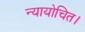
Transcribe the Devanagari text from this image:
न्यायोचित।